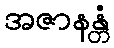
အဇာနန္တံ